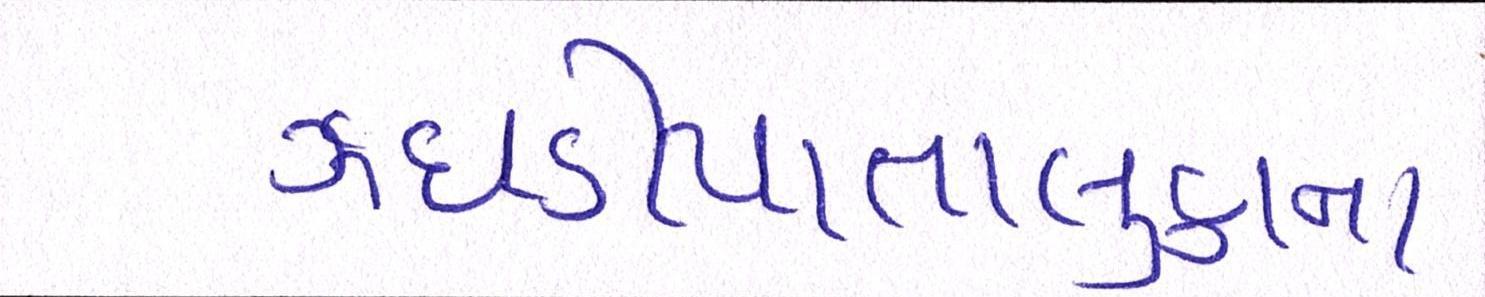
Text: ઝઘડીયાતાલુકાના